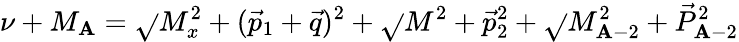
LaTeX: \nu+M_{\mathbf{A}}=\sqrt{}{{M_{x}^{2}+(\vec{{p}}_{1}+\vec{{q}})^{2}}}+\sqrt{}{{M^{2}+\vec{{p}}_{2}^{2}}}+\sqrt{}{{M_{\mathbf{A}-2}^{2}+\vec{{P}}_{\mathbf{A}-2}^{2}}}